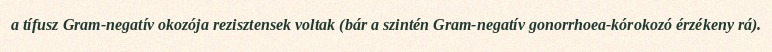
a tífusz Gram-negatív okozója rezisztensek voltak (bár a szintén Gram-negatív gonorrhoea-kórokozó érzékeny rá).